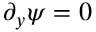
\partial _ { y } \psi = 0